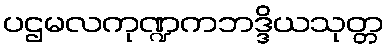
ပဌမလကုဏ္ဍကဘဒ္ဒိယသုတ္တ